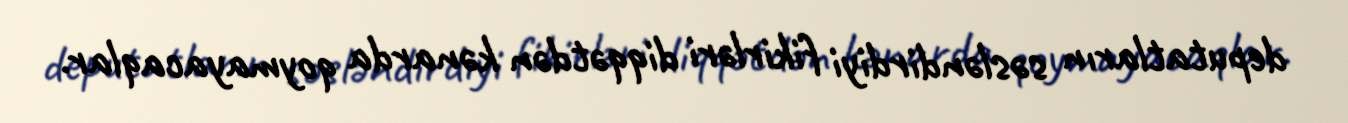
deputatların səsləndirdiyi fikirləri diqqətdən kənarda qoymayacaqlar.